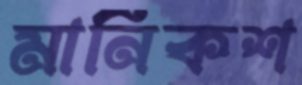
মানিকশ